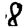
Digit: 8